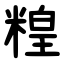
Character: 䊗